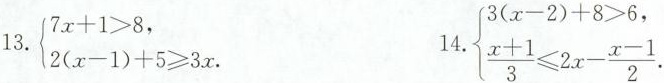
13.$$ \left\{ \begin{matrix} 7x+1>8, \\ 2(x-1)+5 \geqslant 3x . \end{matrix} \right.$$ 14. $$\left\{ \begin{matrix} 3(x-2)+8>6, \\ \frac{x+1}{3}\leqslant 2x- \frac{x-1}{2}. \end{matrix} \right.$$